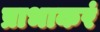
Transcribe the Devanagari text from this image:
प्राभाकरं